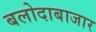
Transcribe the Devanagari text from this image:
बलोदाबाजार